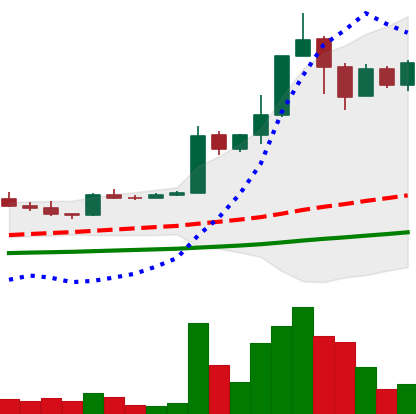
Ticker: TRX-USD
Chart end date: 2021-04-10
Forward return: 30.692%
Label: up_7plus